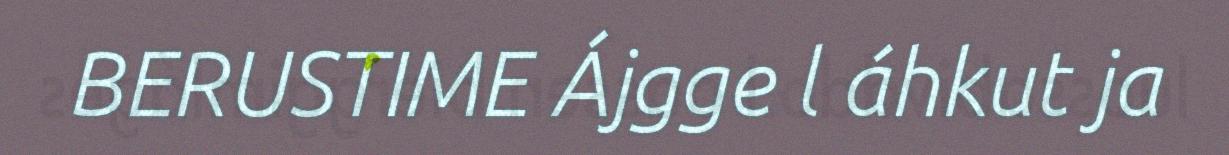
BERUSTIME Ájgge l áhkut ja